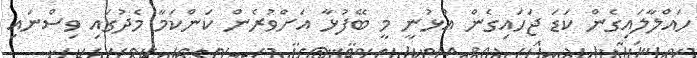
ހައްލާލައިގެން ކަޑަ ޖަހައިގެން އުޅުނީ މީ ބޭފުޅާ އަށްވުރެން ކަންކަމާ މެދުގައި ވިސްނައި